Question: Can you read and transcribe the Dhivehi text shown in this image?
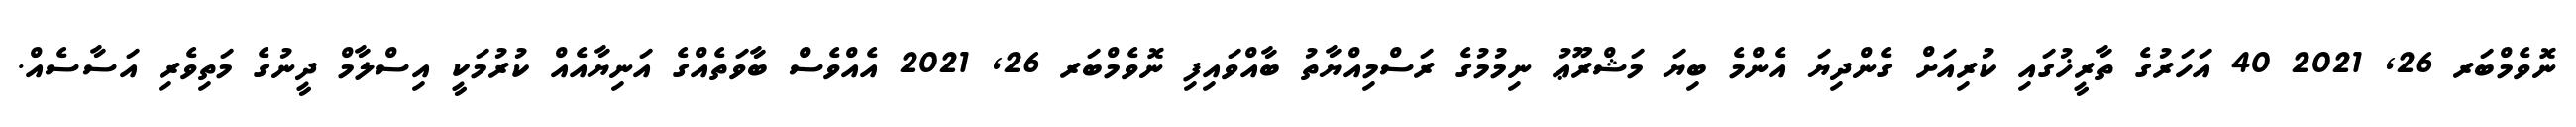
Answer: ނޮވެމްބަރ 26, 2021 40 އަހަރުގެ ތާރީޚުގައި ކުރިއަށް ގެންދިޔަ އެންމެ ބިޔަ މަޝްރޫޢު ނިމުމުގެ ރަސްމިއްޔާތު ބާއްވައިފި ނޮވެމްބަރ 26, 2021 އެއްވެސް ބާވަތެއްގެ އަނިޔާއެއް ކުރުމަކީ އިސްލާމް ދީނުގެ މަތިވެރި އަސާސެއް.